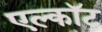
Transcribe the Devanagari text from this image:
एल्कॉट